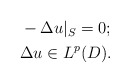
\begin{align*}\aligned& -\Delta u |_S = 0;\\& \Delta u \in L^p(D) .\endaligned\end{align*}